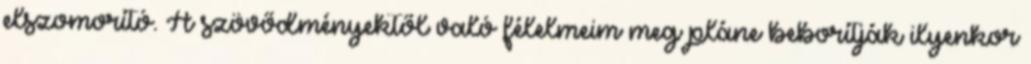
elszomorító. A szövődményektől való félelmeim meg pláne beborítják ilyenkor